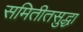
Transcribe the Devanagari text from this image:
समितीतसुद्धा